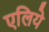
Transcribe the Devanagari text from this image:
एलिये